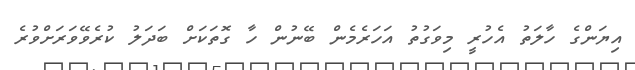
އިޔަންގެ ހާލަތު އެހުރީ މިވަގުތު އަހަރެމެން ބޭނުން ހާ ގޮތަކަށް ބަދަލު ކުރެވޭވަރަށްވުރެ